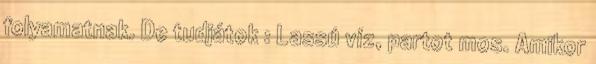
folyamatnak. De tudjátok : Lassú víz, partot mos. Amikor